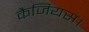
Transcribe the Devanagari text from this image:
कैजियस।